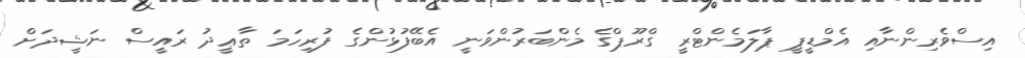
އިސްވެރިންނާއި އެމްޑީޕީ ޕާލަމެންޓްރީ ގްރޫޕްގެ މެންބަރުންވަނީ އެބޭފުޅުންގެ ފުރިހަމަ ތާޢީދު ރައީސް ނަޝީދަށް